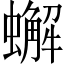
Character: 蠏